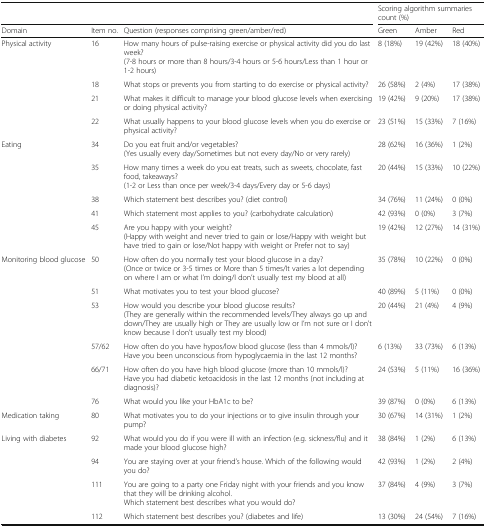
<table><thead><tr><td colspan="3"></td><td colspan="3"><b>Scoring algorithm summaries count (%)</b></td></tr><tr><td><b>Domain</b></td><td><b>Item no.</b></td><td><b>Question (responses comprising green/amber/red)</b></td><td><b>Green</b></td><td><b>Amber</b></td><td><b>Red</b></td></tr></thead><tbody><tr><td rowspan="4">Physical activity</td><td>16</td><td>How many hours of pulse-raising exercise or physical activity did you do last week?(7-8 hours or more than 8 hours/3-4 hours or 5-6 hours/Less than 1 hour or 1-2 hours)</td><td>8 (18%)</td><td>19 (42%)</td><td>18 (40%)</td></tr><tr><td>18</td><td>What stops or prevents you from starting to do exercise or physical activity?</td><td>26 (58%)</td><td>2 (4%)</td><td>17 (38%)</td></tr><tr><td>21</td><td>What makes it difficult to manage your blood glucose levels when exercising or doing physical activity?</td><td>19 (42%)</td><td>9 (20%)</td><td>17 (38%)</td></tr><tr><td>22</td><td>What usually happens to your blood glucose levels when you do exercise or physical activity?</td><td>23 (51%)</td><td>15 (33%)</td><td>7 (16%)</td></tr><tr><td rowspan="5">Eating</td><td>34</td><td>Do you eat fruit and/or vegetables?(Yes usually every day/Sometimes but not every day/No or very rarely)</td><td>28 (62%)</td><td>16 (36%)</td><td>1 (2%)</td></tr><tr><td>35</td><td>How many times a week do you eat treats, such as sweets, chocolate, fast food, takeaways?(1-2 or Less than once per week/3-4 days/Every day or 5-6 days)</td><td>20 (44%)</td><td>15 (33%)</td><td>10 (22%)</td></tr><tr><td>38</td><td>Which statement best describes you? (diet control)</td><td>34 (76%)</td><td>11 (24%)</td><td>0 (0%)</td></tr><tr><td>41</td><td>Which statement most applies to you? (carbohydrate calculation)</td><td>42 (93%)</td><td>0 (0%)</td><td>3 (7%)</td></tr><tr><td>45</td><td>Are you happy with your weight?(Happy with weight and never tried to gain or lose/Happy with weight but have tried to gain or lose/Not happy with weight or Prefer not to say)</td><td>19 (42%)</td><td>12 (27%)</td><td>14 (31%)</td></tr><tr><td rowspan="6">Monitoring blood glucose</td><td>50</td><td>How often do you normally test your blood glucose in a day?(Once or twice or 3-5 times or More than 5 times/It varies a lot depending on where I am or what I’m doing/I don’t usually test my blood at all)</td><td>35 (78%)</td><td>10 (22%)</td><td>0 (0%)</td></tr><tr><td>51</td><td>What motivates you to test your blood glucose?</td><td>40 (89%)</td><td>5 (11%)</td><td>0 (0%)</td></tr><tr><td>53</td><td>How would you describe your blood glucose results?(They are generally within the recommended levels/They always go up and down/They are usually high or They are usually low or I’m not sure or I don’t know because I don’t usually test my blood)</td><td>20 (44%)</td><td>21 (4%)</td><td>4 (9%)</td></tr><tr><td>57/62</td><td>How often do you have hypos/low blood glucose (less than 4 mmols/l)?Have you been unconscious from hypoglycaemia in the last 12 months?</td><td>6 (13%)</td><td>33 (73%)</td><td>6 (13%)</td></tr><tr><td>66/71</td><td>How often do you have high blood glucose (more than 10 mmols/l)?Have you had diabetic ketoacidosis in the last 12 months (not including at diagnosis)?</td><td>24 (53%)</td><td>5 (11%)</td><td>16 (36%)</td></tr><tr><td>76</td><td>What would you like your HbA1c to be?</td><td>39 (87%)</td><td>0 (0%)</td><td>6 (13%)</td></tr><tr><td>Medication taking</td><td>80</td><td>What motivates you to do your injections or to give insulin through your pump?</td><td>30 (67%)</td><td>14 (31%)</td><td>1 (2%)</td></tr><tr><td rowspan="4">Living with diabetes</td><td>92</td><td>What would you do if you were ill with an infection (e.g. sickness/flu) and it made your blood glucose high?</td><td>38 (84%)</td><td>1 (2%)</td><td>6 (13%)</td></tr><tr><td>94</td><td>You are staying over at your friend’s house. Which of the following would you do?</td><td>42 (93%)</td><td>1 (2%)</td><td>2 (4%)</td></tr><tr><td>111</td><td>You are going to a party one Friday night with your friends and you know that they will be drinking alcohol.Which statement best describes what you would do?</td><td>37 (84%)</td><td>4 (9%)</td><td>3 (7%)</td></tr><tr><td>112</td><td>Which statement best describes you? (diabetes and life)</td><td>13 (30%)</td><td>24 (54%)</td><td>7 (16%)</td></tr></tbody></table>